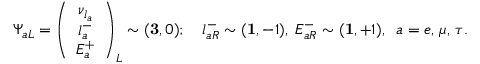
\Psi _ { a L } = \left( \begin{array} { c } { { \nu _ { l _ { a } } } } \\ { { l _ { a } ^ { - } } } \\ { { E _ { a } ^ { + } } } \end{array} \right) _ { L } \sim ( { \bf 3 } , 0 ) ; \quad l _ { a R } ^ { - } \sim ( { \bf 1 } , - 1 ) , \; E _ { a R } ^ { - } \sim ( { \bf 1 } , + 1 ) , \; \; a = e , \, \mu , \, \tau .